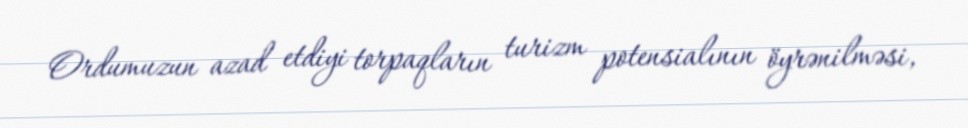
Ordumuzun azad etdiyi torpaqların turizm potensialının öyrənilməsi,